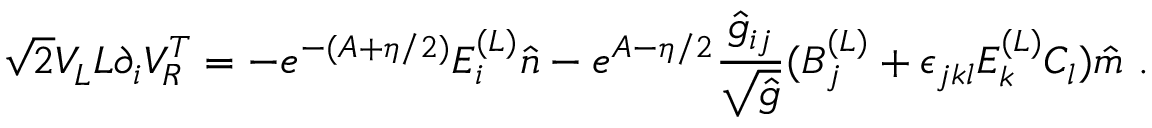
\sqrt { 2 } V _ { L } ^ { \vphantom { T } } L \partial _ { i } V _ { R } ^ { T } = - e ^ { - ( A + \eta / 2 ) } E _ { i } ^ { ( L ) } \hat { n } - e ^ { A - \eta / 2 } { \frac { \hat { g } _ { i j } } { \sqrt { \hat { g } } } } ( B _ { j } ^ { ( L ) } + \epsilon _ { j k l } E _ { k } ^ { ( L ) } C _ { l } ) \hat { m } \ .